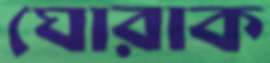
ঘোরাক